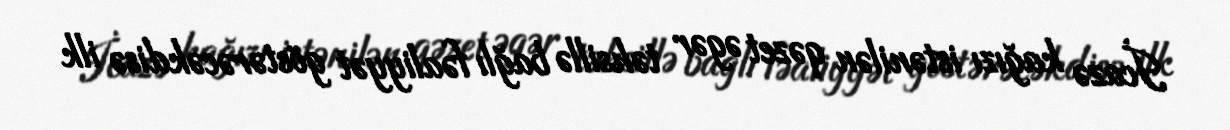
İcazə kağızı istənilən qəzet əgər təhsillə bağlı fəaliyyət göstərəcəkdisə ilk